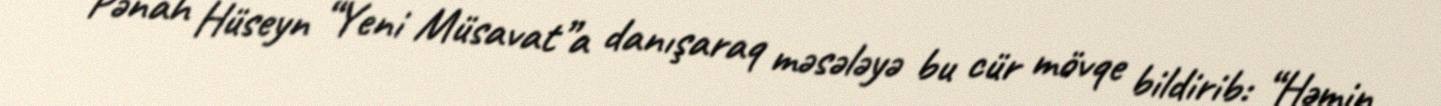
Pənah Hüseyn “Yeni Müsavat”a danışaraq məsələyə bu cür mövqe bildirib: “Həmin